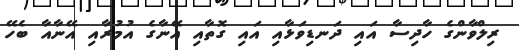
ރިލްވާންގެ ހާދިސާ އައި ދަނޑިވަޅާއި އައި ގޮތާއި އޭނާގެ އުމުރާއި އޭނާއާ ބެހޭ